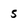
Character: 5